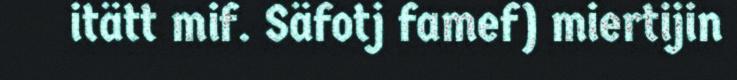
itätt mif. Säfotj famef) miertijin